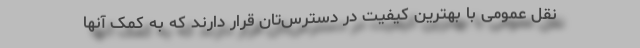
نقل عمومی با بهترین کیفیت در دسترس‌تان قرار دارند که به کمک آنها